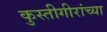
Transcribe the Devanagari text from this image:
कुस्तीगीरांच्या